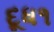
દૂધ૧